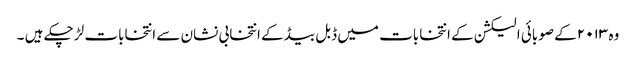
وہ ۲۰۱۳ کے صوبائی الیکشن کے انتخابات میں ڈبل بیڈ کے انتخابی نشان سے انتخابات لڑ چکے ہیں ۔